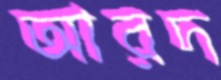
আরদ